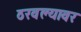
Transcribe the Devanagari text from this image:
ठरवल्यावर